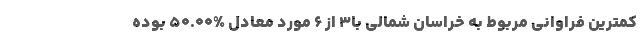
کمترین فراوانی مربوط به خراسان شمالی با۳ از ۶ مورد معادل %۵۰.۰۰ بوده